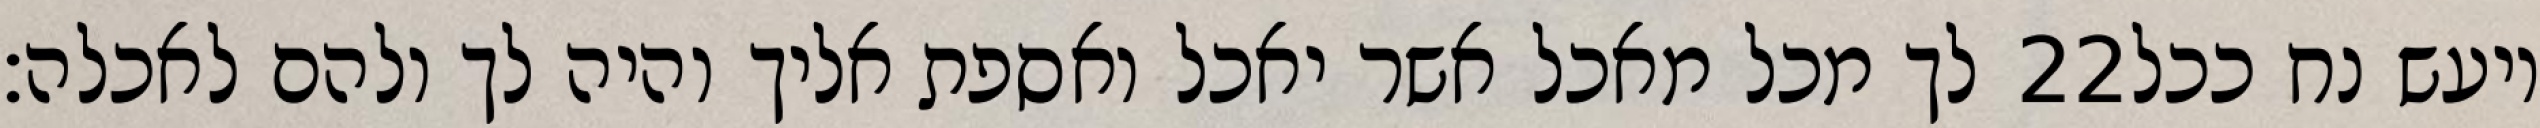
לך מכל מאכל אשר יאכל ואספת אליך והיה לך ולהם לאכלה׃ ‎22‏ ויעש נח ככל